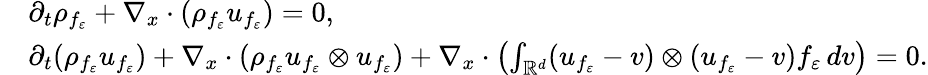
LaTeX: \begin{array}{rl}&{\partial_{t}\rho_{f_{\varepsilon}}+\nabla_{x}\cdot(\rho_{f_{\varepsilon}}u_{f_{\varepsilon}})=0,}\\ &{\partial_{t}(\rho_{f_{\varepsilon}}u_{f_{\varepsilon}})+\nabla_{x}\cdot(\rho_{f_{\varepsilon}}u_{f_{\varepsilon}}\otimes u_{f_{\varepsilon}})+\nabla_{x}\cdot\left(\int_{\mathbb R^{d}}(u_{f_{\varepsilon}}-v)\otimes(u_{f_{\varepsilon}}-v)f_{\varepsilon}\, dv\right)=0.}\end{array}